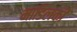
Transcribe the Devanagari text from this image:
मांडिलकी